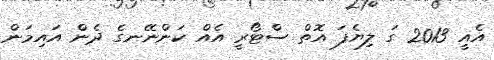
އެއީ 2013 ގަ ލިޔެފަ އޮތް ސްޓޯރީ އެއް ކަންނޭނގެ ދެން އައިމަން